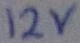
Text: 12V